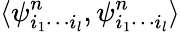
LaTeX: \langle\psi_{i_{1}\cdots i_{l}}^{n},\psi_{i_{1}\cdots i_{l}}^{n}\rangle